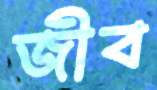
জীব